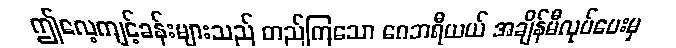
ဤလေ့ကျင့်ခန်းများသည် တည်ကြသော ဂေဘရီယယ် အချိန်မီလုပ်ပေးမှ